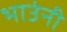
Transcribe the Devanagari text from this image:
भाउंनी